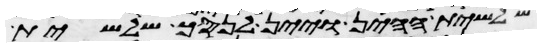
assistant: שלשית ההין ויין לנסך שלשית